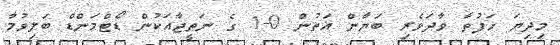
މިދިޔަ ހަފުތާ ވާދަވެރި ބަޔާން އަތުން 0-1 ގެ ނަތީޖާއަކުން ޑޯޓްމަންޑް ބަލިވުމާ